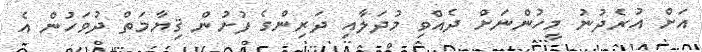
އަށް އުރެދުނު މީހުންނަށް ދެއްވި މުދަލާއި ދަރިންގެ ފުށުން ޤިޔާމަތް ދުވަހުން އެ